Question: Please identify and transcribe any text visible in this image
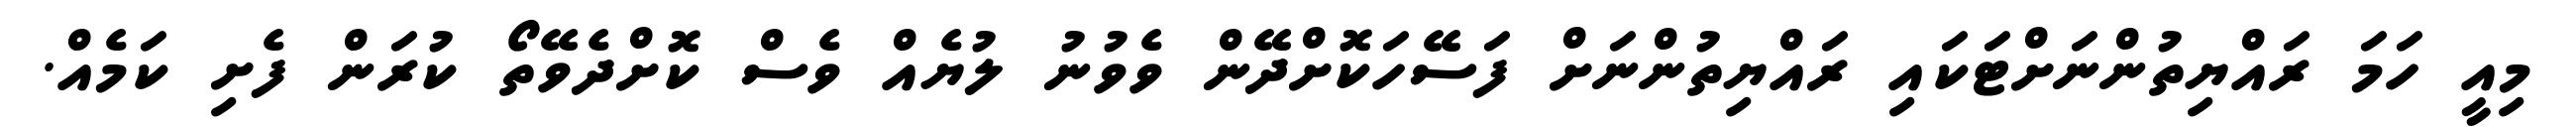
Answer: މިއީ ހަމަ ރައްޔިތުންނަށްޓަކައި ރައްޔިތުންނަށް ފަސޭހަކޮށްދޭން ވެވުނު ލުޔެއް ވެސް ކޮށްދެވޭތޯ ކުރަން ފެށި ކަމެއް.